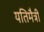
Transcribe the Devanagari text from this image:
यतिमैत्री